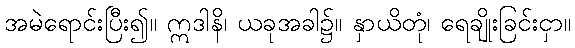
အမဲရောင်းပြီး၍။ ဣဒါနိ၊ ယခုအခါ၌။ နှာယိတုံ၊ ရေချိုးခြင်းငှာ။